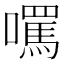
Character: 𡂼